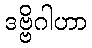
ဒဗ္ဗိဂါဟာ